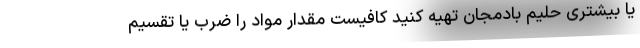
یا بیشتری حلیم بادمجان تهیه کنید کافیست مقدار مواد را ضرب یا تقسیم